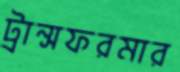
ট্রান্সফরমার